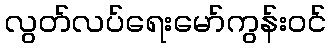
လွတ်လပ်ရေးမော်ကွန်းဝင်